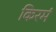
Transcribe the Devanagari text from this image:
किरमं